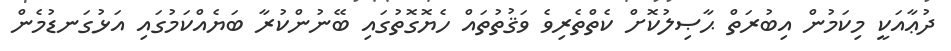
ދުޢާއަކީ މިކަމުން އިބުރަތް ޙާޞިލުކޮށް ކެތްތެރިވެ ވަޤުތުތައް ހެޔޮގޮތުގައި ބޭނުންކުރާ ބަޔެއްކަމުގައި އަޅުގަނޑުމެން